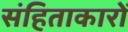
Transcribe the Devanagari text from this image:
संहिताकारों